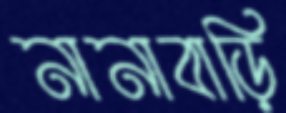
নানাবাড়ি